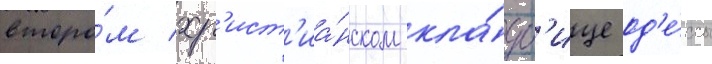
второ́м хр'ист'иа́нском кла́дб'ище од'е́ссы